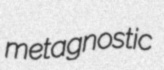
metagnostic